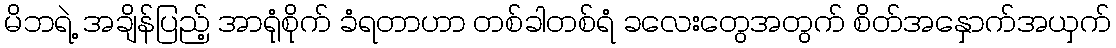
မိဘရဲ့ အချိန်ပြည့် အာရုံစိုက် ခံရတာဟာ တစ်ခါတစ်ရံ ခလေးတွေအတွက် စိတ်အနှောက်အယှက်